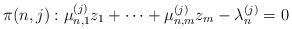
LaTeX: \begin{align*} \pi(n,j): \mu_{n,1}^{(j)}z_1+\cdots+\mu_{n,m}^{(j)}z_m-\lambda_n^{(j)}=0 \end{align*}